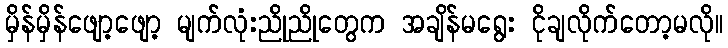
မှိန်မှိန်ဖျော့ဖျော့ မျက်လုံးညိုညိုတွေက အချိန်မရွေး ငိုချလိုက်တော့မလို။